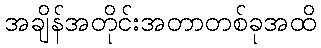
အချိန်အတိုင်းအတာတစ်ခုအထိ